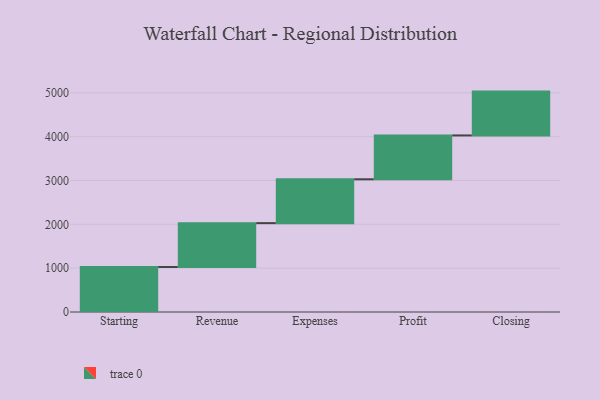
{"axis": {"x": "Step", "y": "Value"}, "legend": [""], "data": [{"x": "Starting", "y": 1027.0, "type": ""}, {"x": "Revenue", "y": 1000, "type": ""}, {"x": "Expenses", "y": 1000, "type": ""}, {"x": "Profit", "y": 1000, "type": ""}, {"x": "Closing", "y": 1000, "type": ""}]}